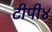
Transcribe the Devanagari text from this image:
टीपी४